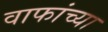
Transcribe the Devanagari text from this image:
वाफांच्या